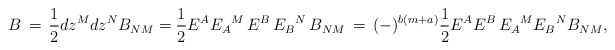
\begin{align*}B\, =\,\frac{1}{2} dz^M dz^N B_{NM} =\frac{1}{2}E^A{E_A}^M\,E^B\,{E_B}^N\,B_{NM}\,=\, (-)^{b(m+a)} \frac{1}{2} E^AE^B \, {E_A}^M {E_B}^N B_{NM},\end{align*}